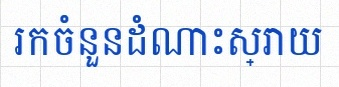
រកចំនួនដំណោះស្រាយ